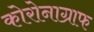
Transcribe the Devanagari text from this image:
कोरोनाग्राफ